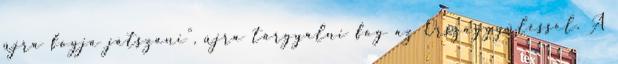
újra fogja játszani", újra tárgyalni fog az Országgyűléssel. A